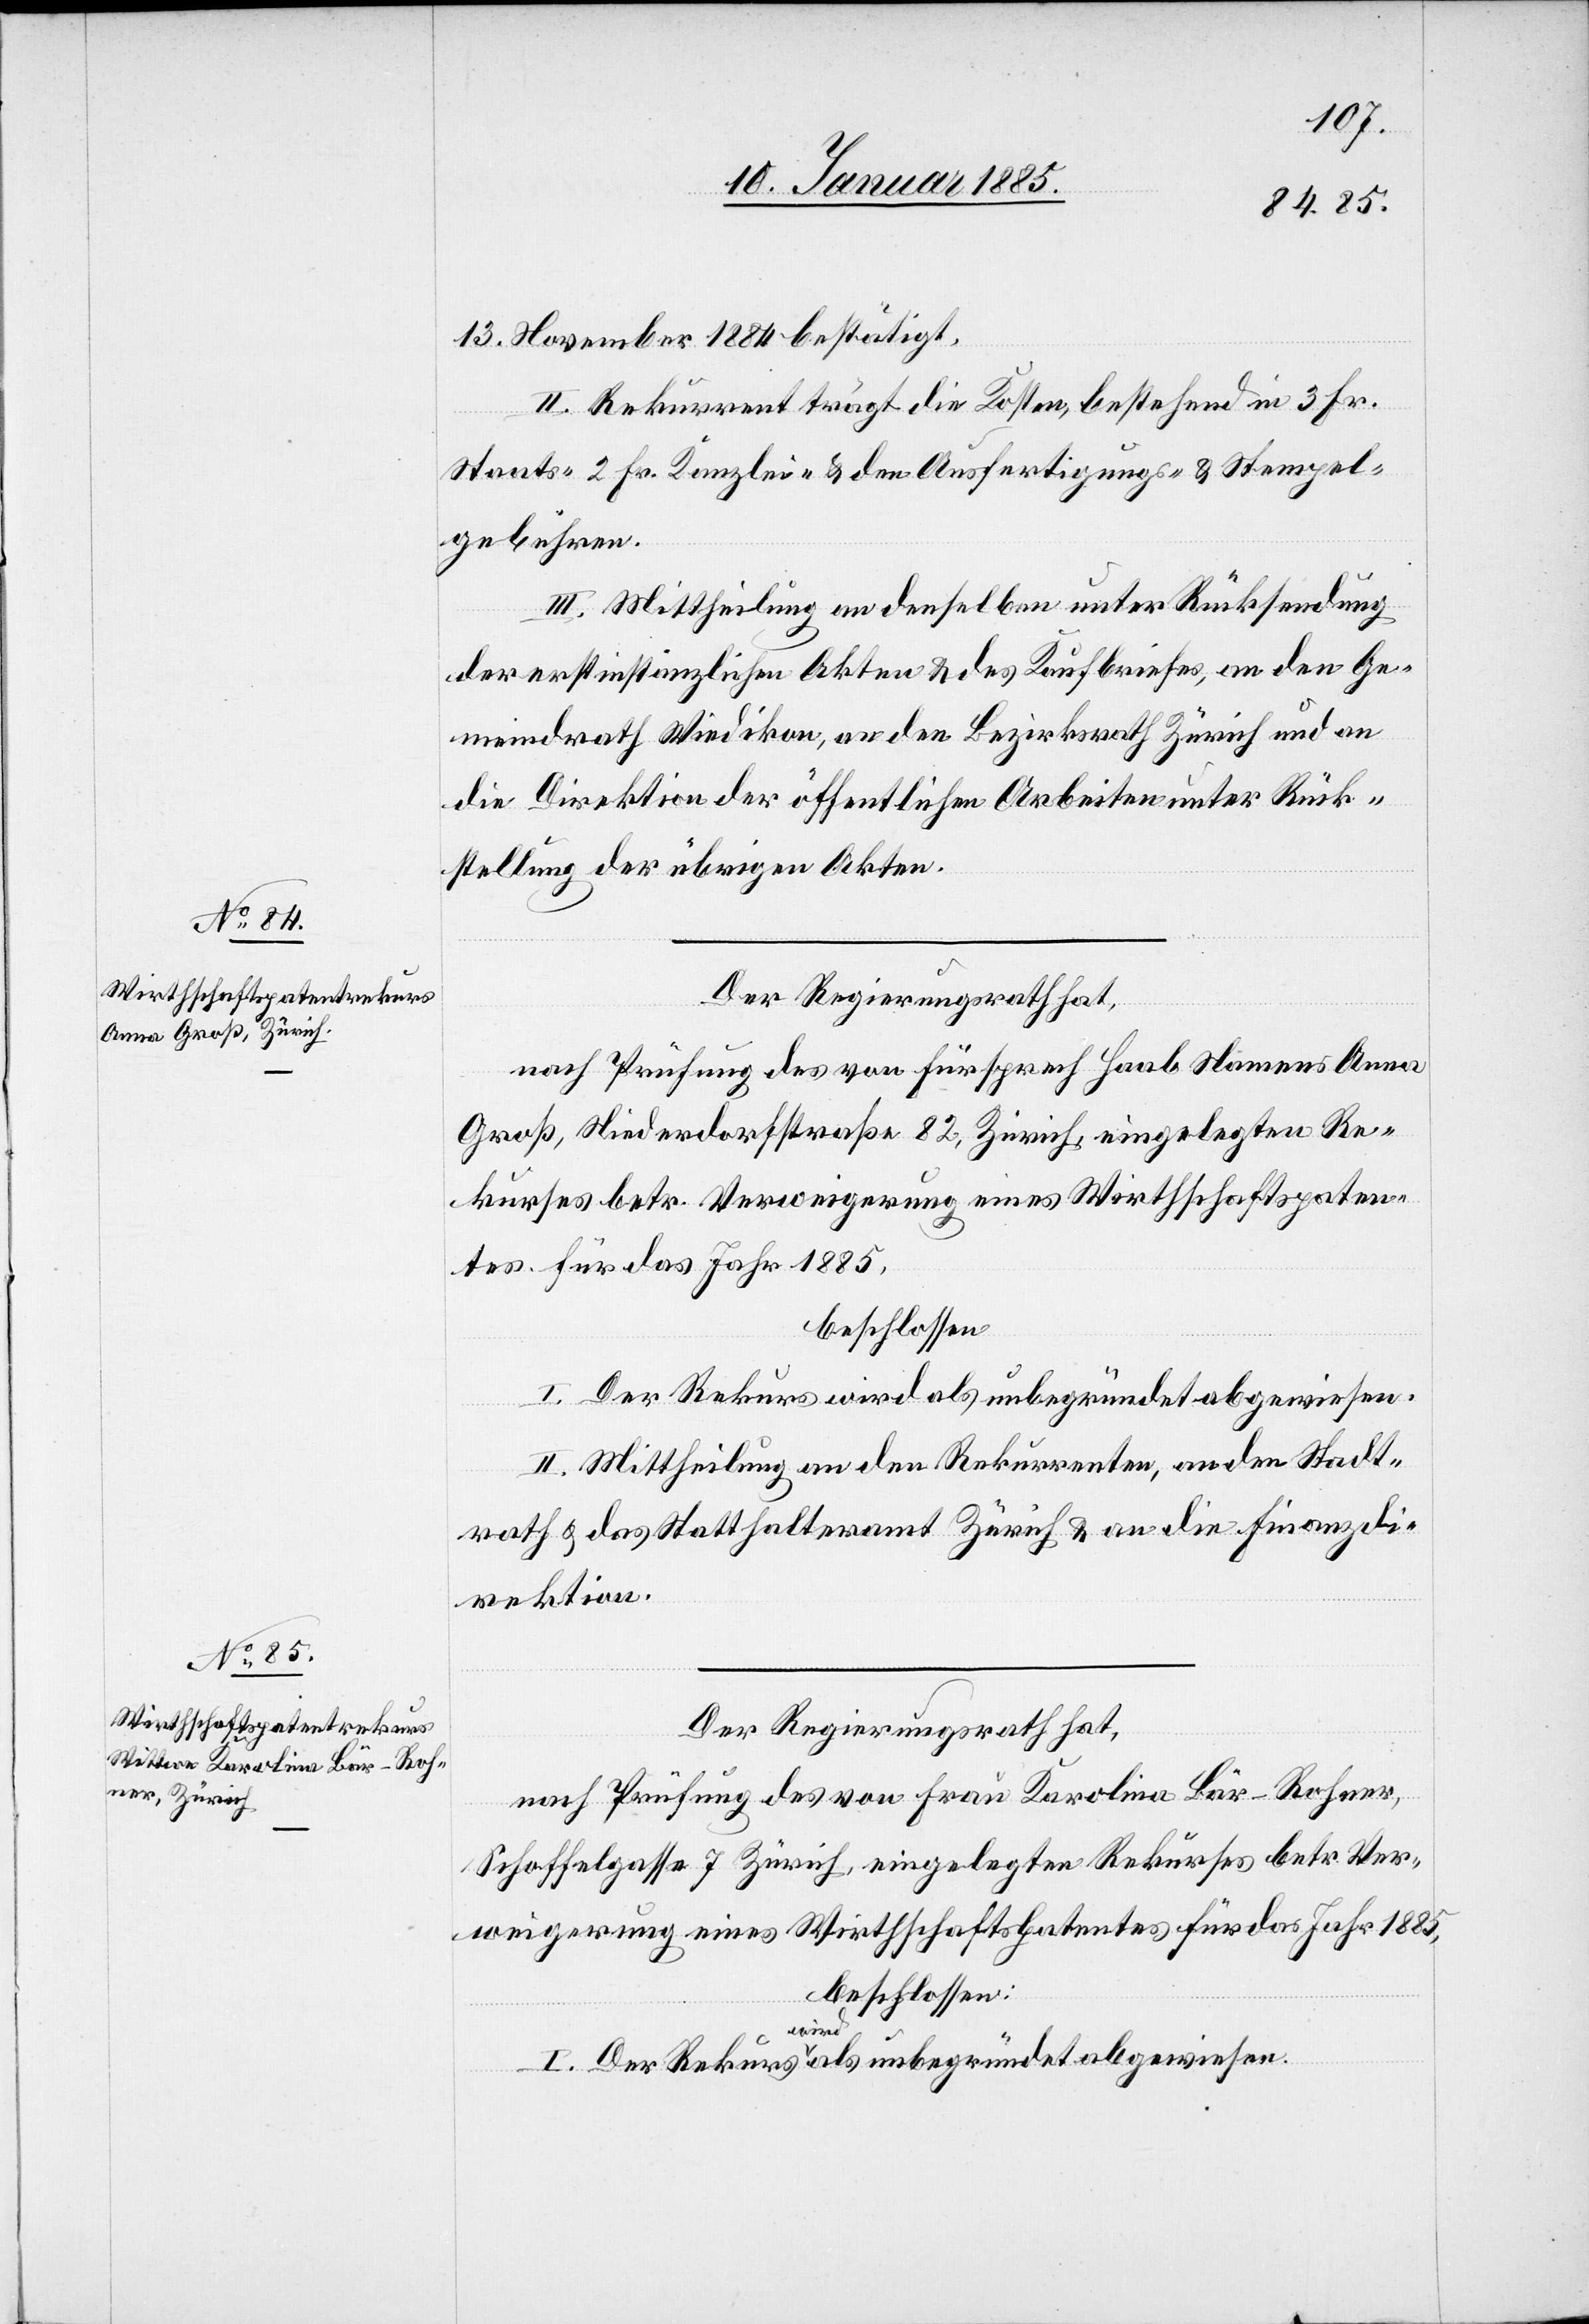
13. November 1884 bestätigt.
II. Rekurrent trägt die Kosten, bestehend in 3. Fr.
Staats-[,] 2 Fr. Kanzlei- & den Ausfertigungs- & Stempel¬
gebühren.
III. Mittheilung an denselben unter Rücksendung
der erstinstanzlichen Akten & des Kaufbriefes, an den Ge¬
meindrath Wiedikon, an den Bezirksrath Zürich und an
die Direktion der öffentlichen Arbeiten unter Rück¬
stellung der übrigen Akten.
Der Regierungsrath hat,
nach Prüfung des von Fürsprech Haab Namens Anna
Groß, Niederdorfstraße 82, Zürich, eingelegten Re¬
kures betr. Verweigerung eines Wirthschaftspaten¬
tes für das Jahr 1885,
beschlossen:
I. Der Rekurs wird als unbegründet abgewiesen.
II. Mittheilung an den Rekurrenten, an den Stadt¬
rath & das Statthalteramt Zürich & an die Finanzdi¬
rektion.
Der Regierungsrath hat,
nach Prüfung des von Frau Karolina Bär-Rohner,
Schoffelgasse 7 Zürich, eingelegten Rekurses betr. Ver¬
weigerung eines Wirthschaftspatentes für das Jahr 1885,
beschlossen: